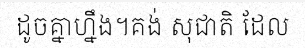
ដូចគ្នាហ្នឹង។គង់ សុជាតិ ដែល